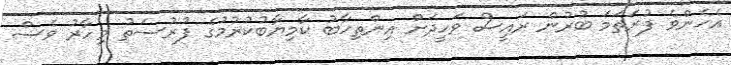
އެހެންވެ ފުރަތަމަ ބުރުން ރައީސް ވަހީދަށް އިންތިހާބު ކާމިޔާބުކުރުމުގެ ފުރުސަތު މިހާރު ވެސް